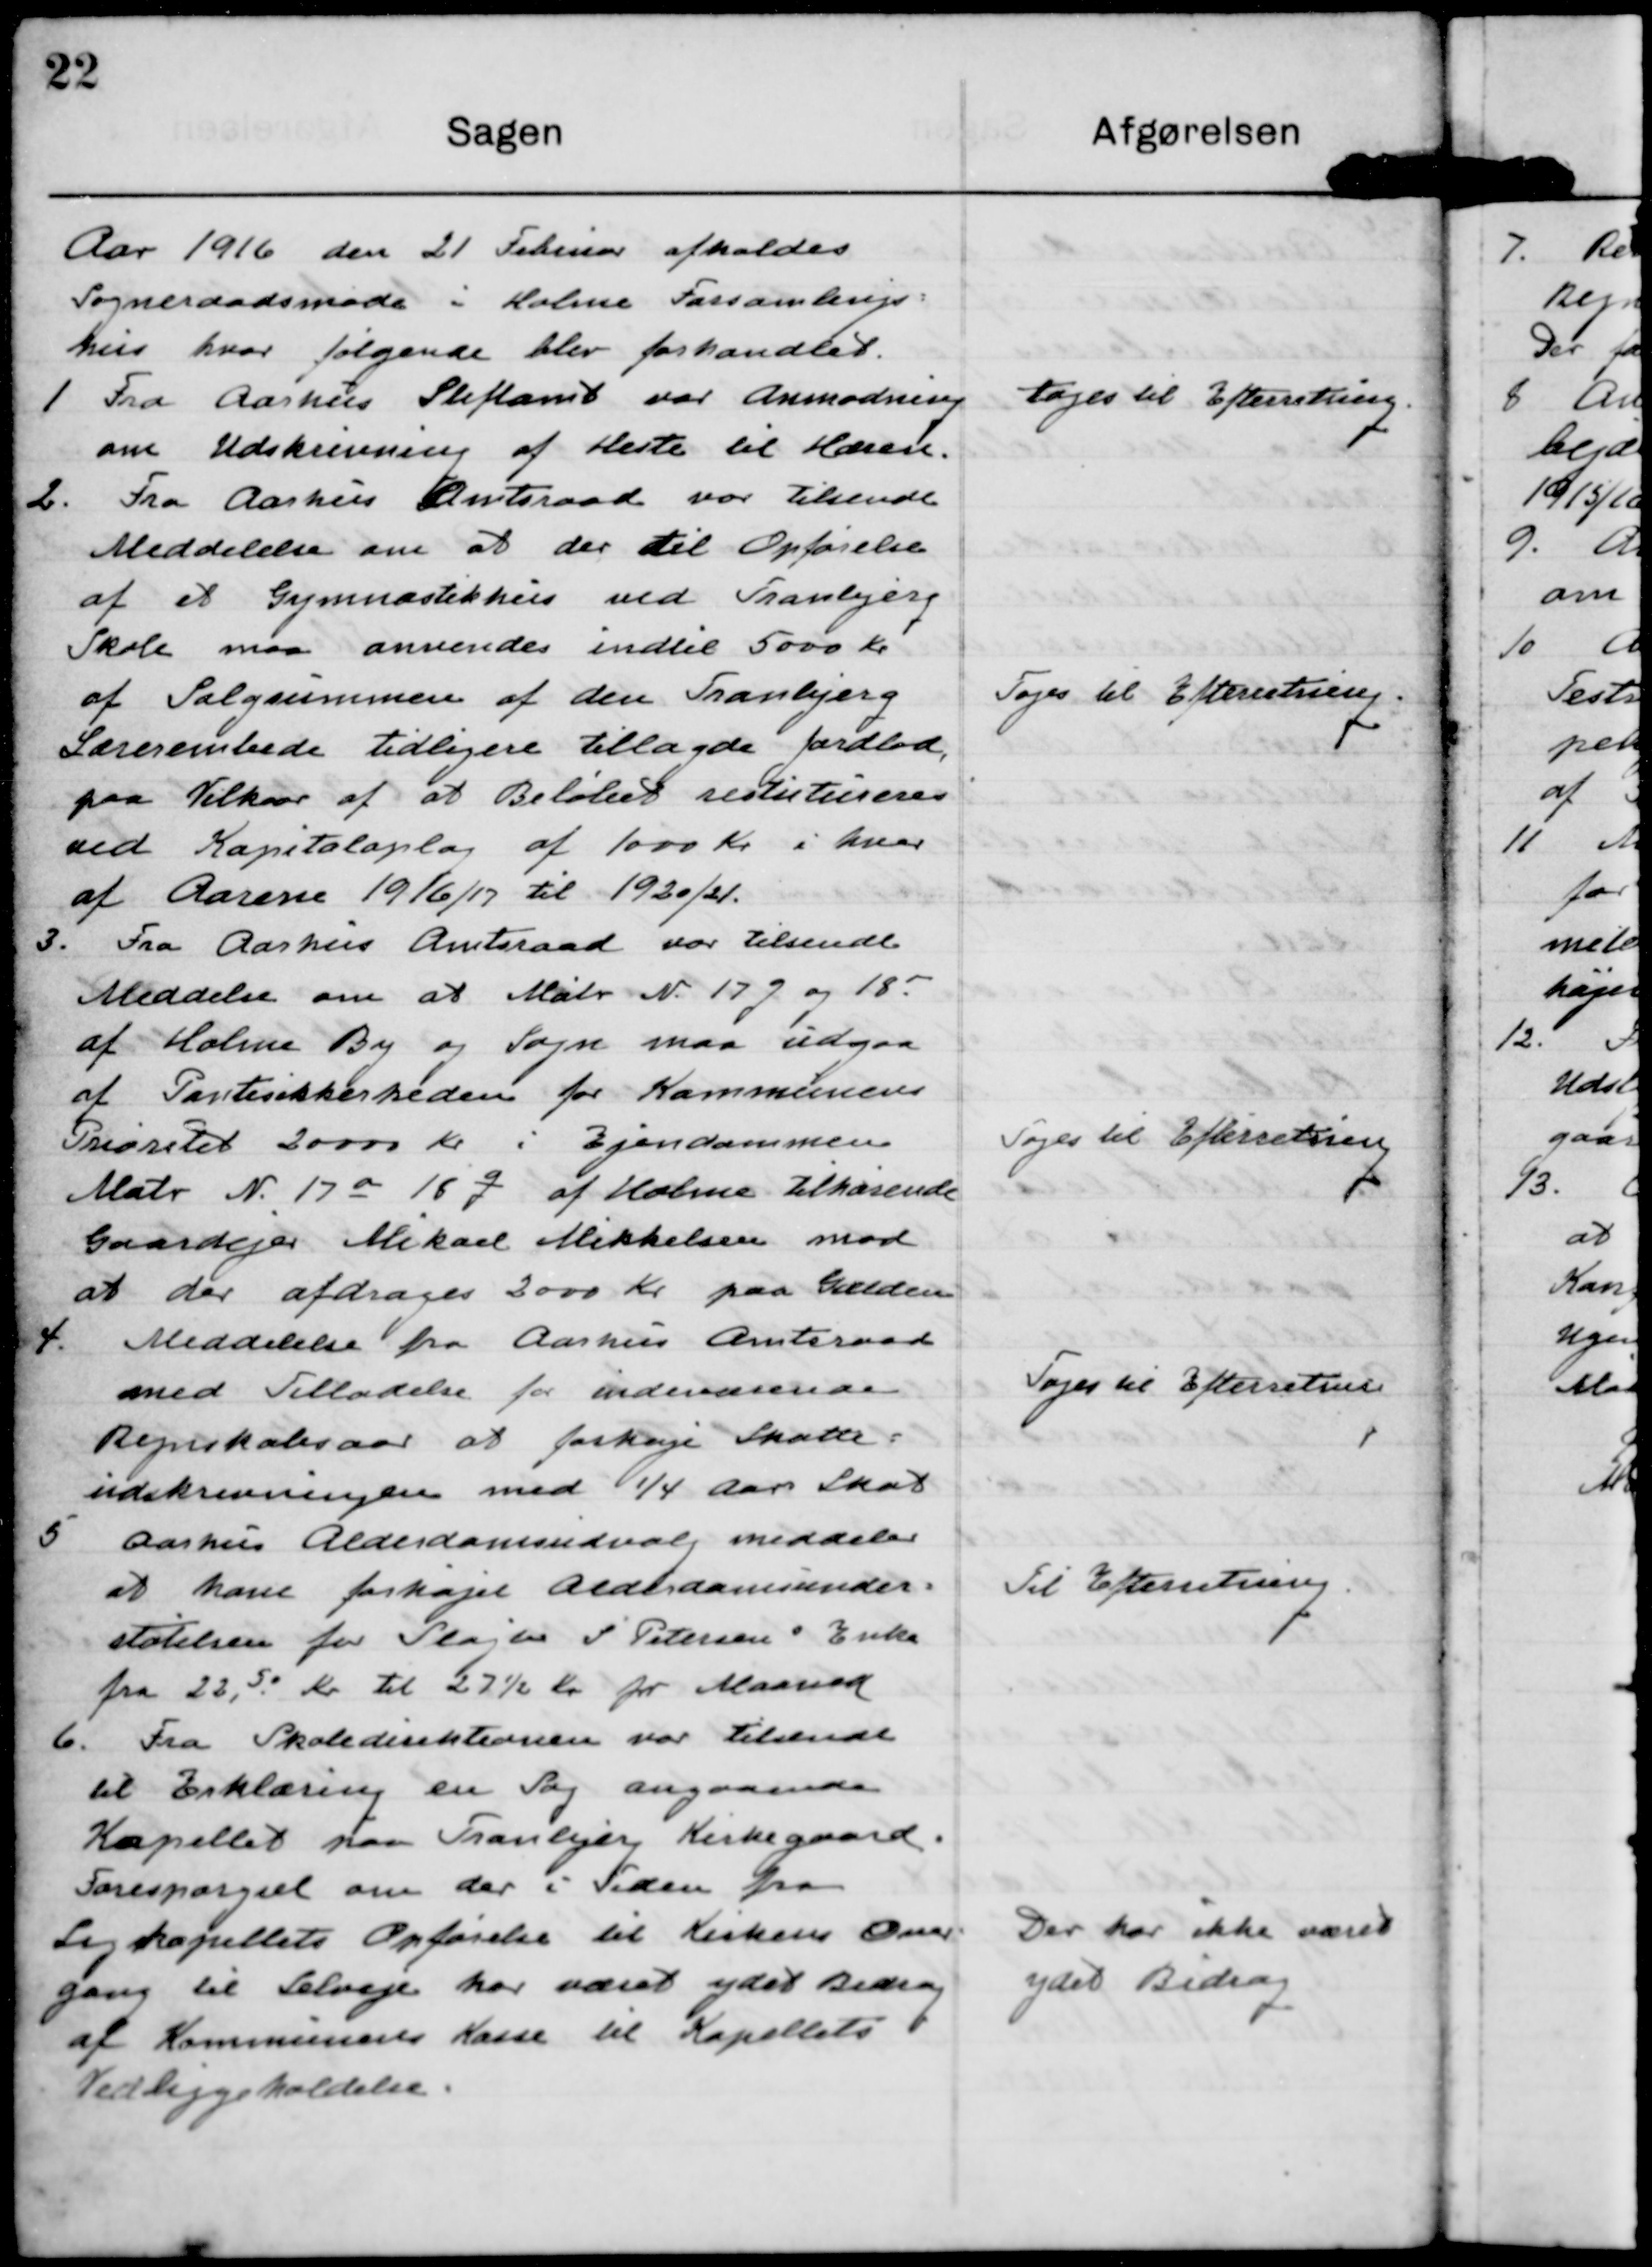
Transskription:
Aar 1916 den 21 Februar afholdes
Sogneraadsmøde i Holme Forsamlings=
hus hvor følgende blev forhandlet.

1 Fra Aarhus Stiftamt var Anmodning
om Udskrivning af Heste til Hæren.

Tages til Efterretning.

2. Fra Aarhus Amtsraad var tilsendt
Meddelelse om at der til Opførelse 
af et Gymnastikhus ved Tranbjerg
Skole maa anvendes indtil 5000 Kr
af Salgsummen af den Tranbjerg
Lærerembede tidligere tillagde jordlod,
paa Vilkaar af at Beløbet restutioneres
ved Kapitaloplag af 1000 Kr i hver
af Aarene 1916/17 til 1920/21.

Toges til Efterretning.

3. Fra Aarhus Amtsraad var tilsendt
Meddelse om at Matr N. 17 g og 18 r
af Holme By og Sogn maa udgaa
af Pantesikkerheden for Kommunens
Prioritet 20000 Kr i Ejendommen
Matr N. 17 a 18 g af Holme tilhørende
Gaardejer Mikael Mikkelsen mod
at der afdrages 2000 Kr paa Gælden

Toges til Efterretning

4. Meddelelse fra Aarhus Amtsraad
med Tilladelse for indeværende
Regnskabsaar at forhøje Skatte=
indskrivningen med ¼ aars Skat

Toges til Efterretning

5. Aarhus Alderdomsudvalg meddeler
at have forhøjet Alderdomsunder=
støtelsen for Slagter S. Petersen`s Enke 
fra 22,50 Kr til 27½ Kr pr Maaned

Til Efterretning.

6. Fra Skoledirektionen var tilsendt
til Erklæring en Sag angaaende
Kapellet paa Tranbjerg Kirkegaard.
Forespørgsel om der i Tiden fra
Ligkapellets opførelse til Kirkens Over-
gang til Selveje har været ydet Bidrag
af Kommunens Kasse til Kapellets 
Vedligeholdelse.

Der har ikke været
ydet Bidrag